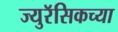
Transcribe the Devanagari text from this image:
ज्युरॅसिकच्या